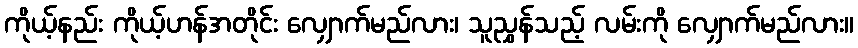
ကိုယ့်နည်း ကိုယ့်ဟန်အတိုင်း လျှောက်မည်လား၊ သူညွှန်သည့် လမ်းကို လျှောက်မည်လား။